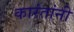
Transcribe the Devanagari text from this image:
कारंतांनी